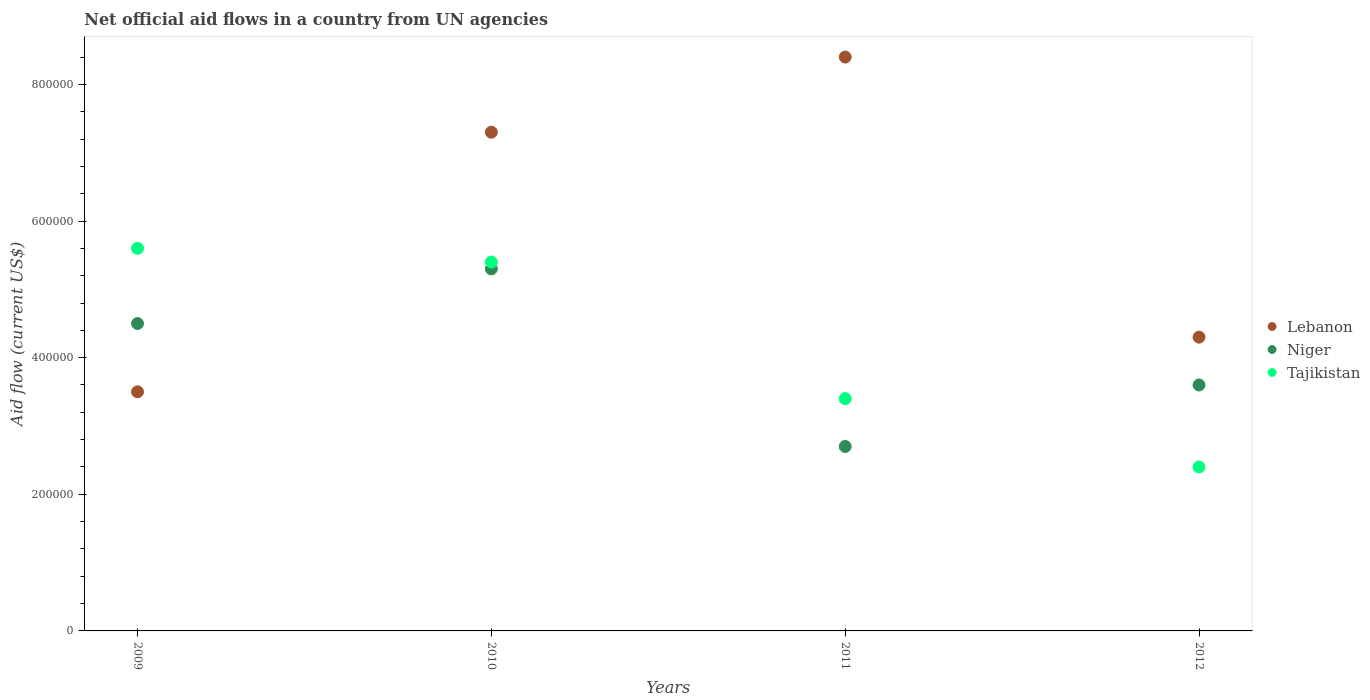
| Years | Lebanon | Niger | Tajikistan |
 | --- | --- | --- | --- |
 | 2009 | 3.5e+05 | 4.5e+05 | 5.6e+05 |
 | 2010 | 7.3e+05 | 5.3e+05 | 5.4e+05 |
 | 2011 | 8.4e+05 | 2.7e+05 | 3.4e+05 |
 | 2012 | 4.3e+05 | 3.6e+05 | 2.4e+05 |